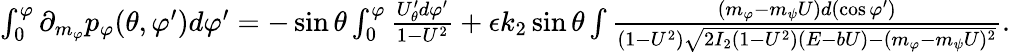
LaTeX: \begin{array}{r}{\int_{0}^{\varphi}\partial_{m_{\varphi}}p_{\varphi}(\theta,\varphi^{\prime})d\varphi^{\prime}=-\sin\theta\int_{0}^{\varphi}\frac{U_{\theta}^{\prime}d\varphi^{\prime}}{1-U^{2}}+\epsilon k_{2}\sin\theta\int\frac{(m_{\varphi}-m_{\psi}U)d(\cos\varphi^{\prime})}{(1-U^{2})\sqrt{2I_{2}(1-U^{2})(E-bU)-(m_{\varphi}-m_{\psi}U)^{2}}}.}\end{array}